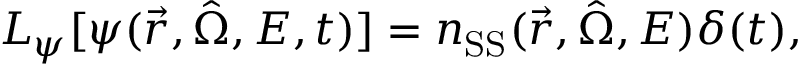
\boldsymbol { L _ { \psi } [ } \psi ( \vec { r } , \hat { \Omega } , E , t ) \boldsymbol { ] } = n _ { \mathrm { S S } } ( \vec { r } , \hat { \Omega } , E ) \delta ( t ) ,